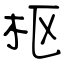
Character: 枢